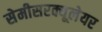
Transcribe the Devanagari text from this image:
सेमीसरक्यूलेयर